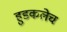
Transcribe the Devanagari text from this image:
हुडकलेच